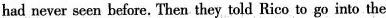
had never seen before. Then they told Rico to go into the